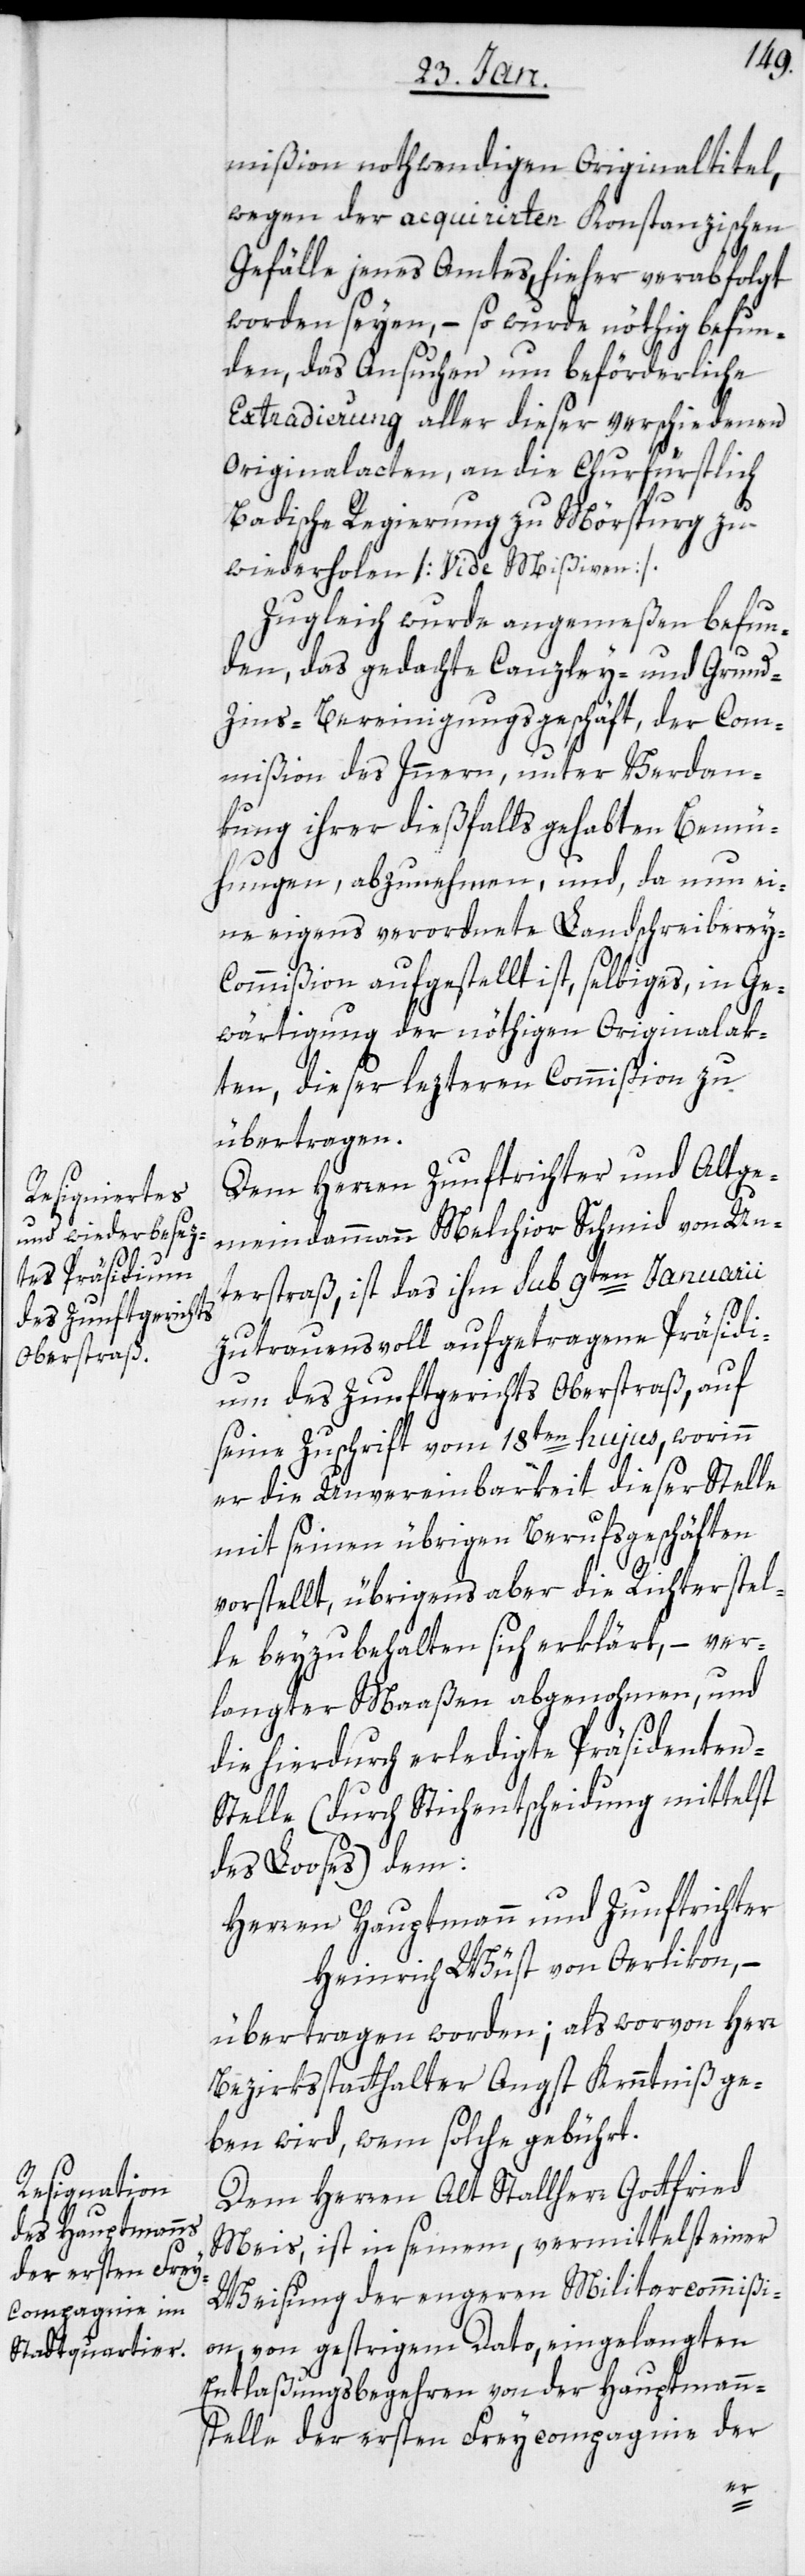
mißion nothwendigen Originaltitel,
wegen der aquirirten Konstanzischen
Gefälle jenes Amtes, hieher verabfolgt
worden seyen, – so wurde nöthig befun¬
den, das Ansuchen um befürderliche
Extradierung aller dieser verschiedenen
Originalacten, an die Churfüstlic¬
h-Badische Regierung zu Mörspurg zu
wiederholen [vide Mißiven].
Zugleich wurde angemeßen befun¬
den, das gedachte Canzley- und Grund-Z¬
ins-Bereinigungsgeschäft, der Com¬
mißion des Inneren unter Verdan¬
kung ihrer dießfalls gehabten Bemü¬
hungen, abzunehmen, und, da nun ei¬
ne eigens verordnete Landschreiberey-C¬
ommißion aufgestellt ist, selbiges, in Ge¬
wärtigung der nöthigen Originalak¬
ten, dieser lezteren Commißion zu
übertragen.
Dem Herren Zunftrichter und Altge¬
meindammann Melchior Schmid von Un¬
terstraß, ist das ihm sub 9ten Januarii
zutrauensvoll aufgetragene Präsidi¬
um des Zunftgerichts Oberstraß, auf
seine Zuschrift vom 18ten hujus, worinn
er die Unvereinbarkeit dieser Stelle
mit seinen übrigen Berufsgeschäften
vorstellt, übrigens aber die Richterstel¬
le beyzubehalten sich erklärt, – ver¬
langter Maaßen abgenohmen, und
die hierdurch erledigte Präsidenten-S¬
telle (durch Stichentscheidung mittelst
des Looses) dem:
Herren Hauptmann und Zunftrichter
Heinrich Wüst von Oerlikon, –
übertragen worden; als worvon Herr
Bezirksstatthalter Angst Kenntniß ge¬
ben wird, wem solche gebührt.
Dem Herren Alt Stallherr Gottfried
Meis, ist in seinem, vermittelst einer
Weisung der engeren Militarcommißi¬
on, von gestrigem Dato, eingelangten
Entlaßungsbegehren von der Hauptmanns¬
stelle der ersten Freycompagnie der